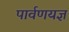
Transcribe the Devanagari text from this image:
पार्वणयज्ञ